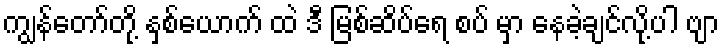
ကျွန်တော်တို့ နှစ်ယောက် ထဲ ဒီ မြစ်ဆိပ်ရေ စပ် မှာ နေခဲ့ချင်လို့ပါ ဗျာ